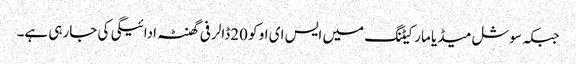
جبکہ سوشل میڈیا مارکیٹنگ میں ایس ای او کو 20ڈالر فی گھنٹہ ادائیگی کی جارہی ہے۔